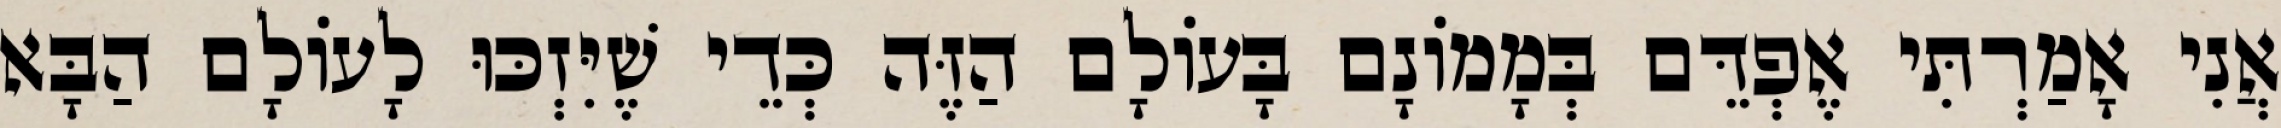
אֲנִי אָמַרְתִּי אֶפְדֵּם בְּמָמוֹנָם בָּעוֹלָם הַזֶּה כְּדֵי שֶׁיִּזְכּוּ לָעוֹלָם הַבָּא